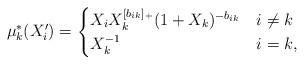
LaTeX: \begin{align*}\mu_k^*(X'_i) = \begin{cases}X_iX_k^{[b_{ik}]_+}(1+X_k)^{-b_{ik}} & i \neq k \\X_k^{-1} & i = k,\end{cases}\end{align*}